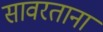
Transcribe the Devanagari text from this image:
सावरताना